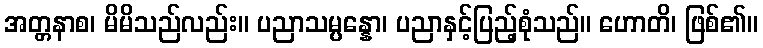
အတ္တနာစ၊ မိမိသည်လည်း။ ပညာသမ္ပန္နော၊ ပညာနှင့်ပြည့်စုံသည်။ ဟောတိ၊ ဖြစ်၏။